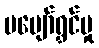
မပျော်ရွှင်မှု